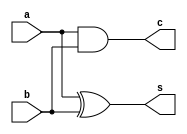
`timescale 1ns / 1ps
//////////////////////////////////////////////////////////////////////////////////
// Company: 
// Engineer: 
// 
// Design Name: 
// Module Name:    half_adder_structural 
// Project Name: 
// Target Devices: 
// Tool versions: 
// Description: 
//
// Dependencies: 
//
// Revision: 
// Revision 0.01 - File Created
// Additional Comments: 
//
//////////////////////////////////////////////////////////////////////////////////
module half_Adder_structural(a,b,s,c
    );
output s,c;
input a,b;
xor uut(s,a,b);

    
and uut1(c,a,b);

endmodule